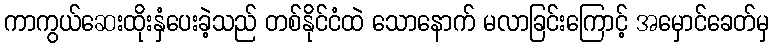
ကာကွယ်ဆေးထိုးနှံပေးခဲ့သည် တစ်နိုင်ငံထဲ သောနောက် မလာခြင်းကြောင့် အမှောင်ခေတ်မှ